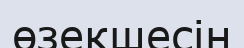
өзекшесін